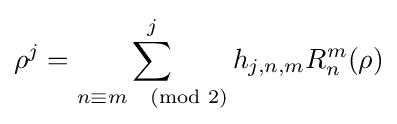
\rho ^{j}=\sum _{n\equiv m{\pmod {2}}}^{j}h_{j,n,m}R_{n}^{m}(\rho )